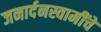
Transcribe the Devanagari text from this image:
जनार्दनस्वामींचे